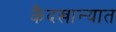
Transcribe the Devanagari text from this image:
कैदखान्यात